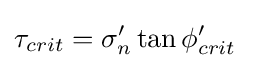
\tau _{crit}=\sigma _{n}'\tan \phi _{crit}'\